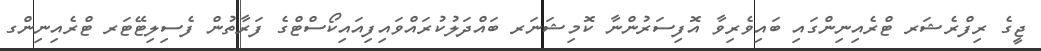
ޖީގެ ރިފްރެޝަރ ޓްރެއިނިންގައި ބައިވެރިވާ އޮފިސަރުންނާ ކޮމިޝަނަރ ބައްދަލުކުރައްވައިފިއައިކޯސްޓްގެ ފަރާތުން ފެސިލިޓޭޓަރ ޓްރެއިނިންގ